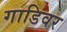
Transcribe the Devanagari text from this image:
गाडिवर